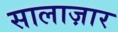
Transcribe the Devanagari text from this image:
सालाज़ार